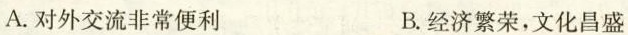
A.对外交流非常便利 B.经济繁荣，文化昌盛